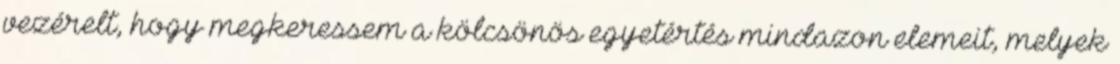
vezérelt, hogy megkeressem a kölcsönös egyetértés mindazon elemeit, melyek